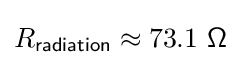
R_{\mathsf {radiation}}\approx 73.1\ {\mathsf {\Omega }}~